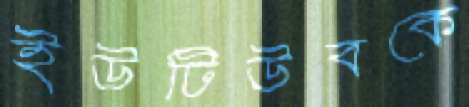
ইউটিউবকে